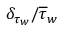
\delta _ { \tau _ { w } } / \overline { { \tau } } _ { w }